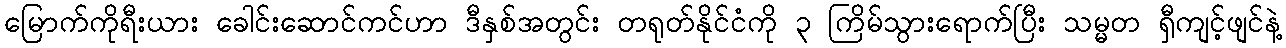
မြောက်ကိုရီးယား ခေါင်းဆောင်ကင်ဟာ ဒီနှစ်အတွင်း တရုတ်နိုင်ငံကို ၃ ကြိမ်သွားရောက်ပြီး သမ္မတ ရှီကျင့်ဖျင်နဲ့